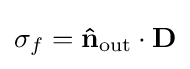
\sigma _{f}=\mathbf {\hat {n}} _{\text{out}}\cdot \mathbf {D}